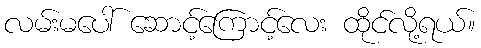
လမ်းမပေါ် ဆောင့်ကြောင့်လေး ထိုင်လို့ရယ်။